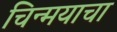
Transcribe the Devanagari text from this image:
चिन्मयाचा